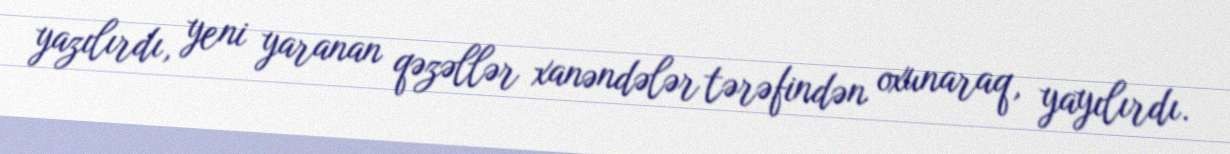
yazılırdı, yeni yaranan qəzəllər xanəndələr tərəfindən oxunaraq, yayılırdı.